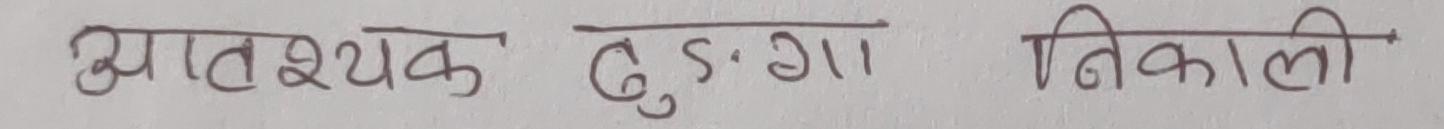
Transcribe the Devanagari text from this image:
आवश्यक बुडगा निकाली